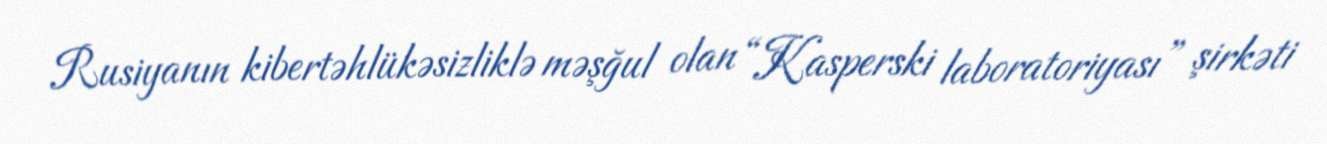
Rusiyanın kibertəhlükəsizliklə məşğul olan “Kasperski laboratoriyası” şirkəti